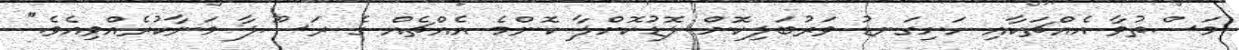
މަސްތުވާ އެއްޗަކާއި ހަށިގަނޑު ވަރުބަލިކޮށް ލޮޑުކޮށްލާ ކޮންމެ އެއްޗެއް ގެ ރަސޫލާ މަނާކުރެއްވިއެވެ."